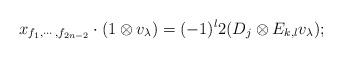
LaTeX: \begin{align*} x_{f_1,\cdots,f_{2n-2}}\cdot (1\otimes v_{\lambda})=(-1)^{l}2(D_j\otimes E_{k,l}v_{\lambda});\end{align*}